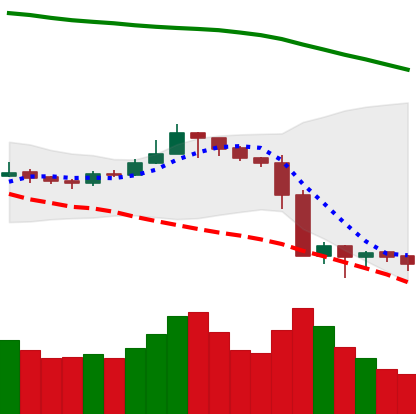
Ticker: LTC-USD
Chart end date: 2019-09-29
Forward return: 4.664%
Label: up_3_5